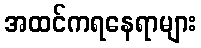
အထင်ကရနေရာများ